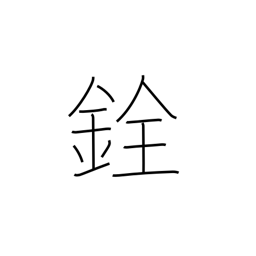
Meaning: scales